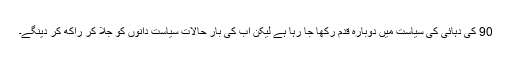
90 کی دہائی کی سیاست میں دوبارہ قدم رکھا جا رہا ہے لیکن اب کی بار حالات سیاست دانوں کو جلا کر راکھ کر دینگے۔